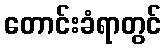
တောင်းခံရာတွင်